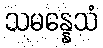
သမန္နေသံ